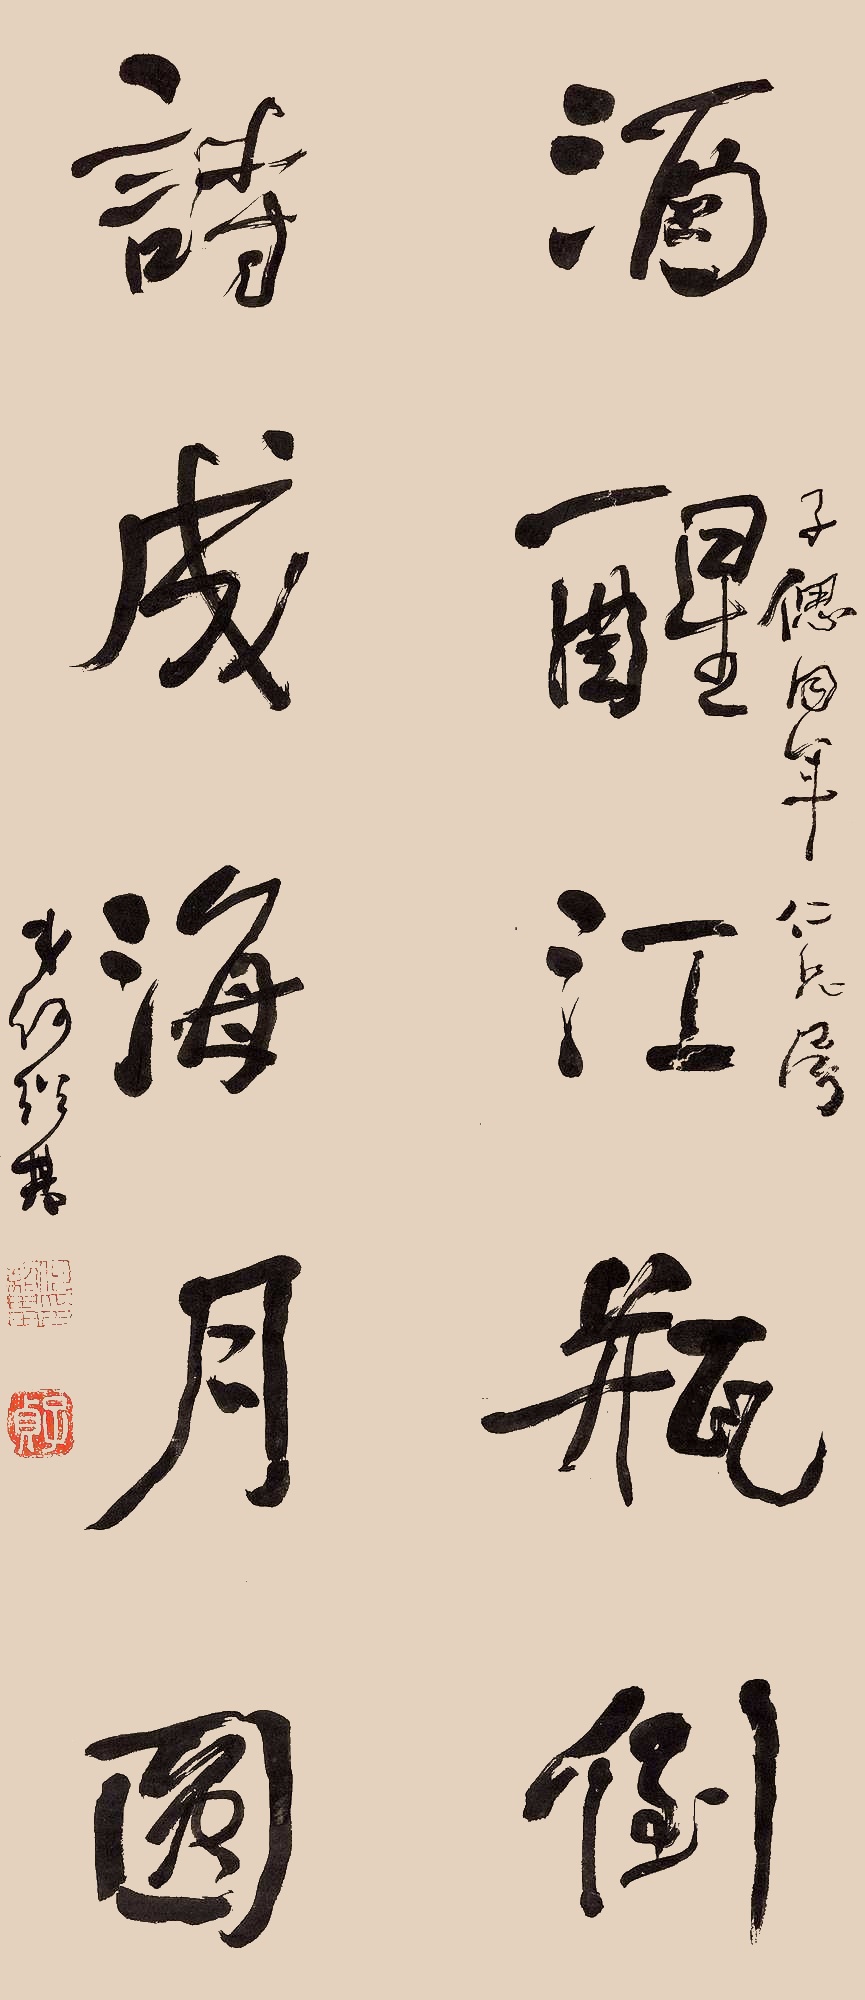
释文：酒醒江瓶倒，诗成海月圆。子偲同年仁兄属，弟何绍基。